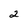
Character: 2